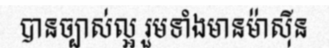
បានច្បាស់ល្អ រួមទាំងមានម៉ាស៊ីន